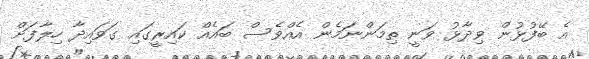
އެ ބޭފުޅުން ވިދާޅު ވަނީ ތިމަންނަމެން އެއްވެސް ބައެއް ކައިރީގައި ގަވައިދާ ހިލާފަށް